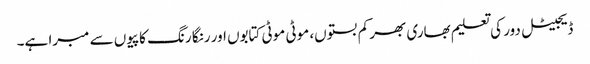
ڈیجیٹل دور کی تعلیم بھاری بھر کم بستوں، موٹی موٹی کتابوں اور رنگا رنگ کاپیوں سے مبرا ہے۔